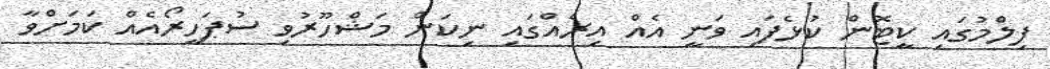
ފިލްމުގައި ކީޓޮން ކުޅެފައި ވަނީ އެއް އިރެއްގައި ނިކަން މަޝްހޫރުވި ސުޕަހީރޯއެއް ކަމަށްވާ